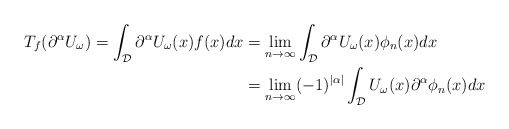
\begin{align*} T_f(\partial^{\alpha}U_{\omega}) = \int_{\mathcal{D}}\partial^{\alpha}U_{\omega}(x)f(x)dx &= \lim_{n\rightarrow \infty} \int_{\mathcal{D}}\partial^{\alpha}U_{\omega}(x)\phi_n(x)dx \\ &= \lim_{n\rightarrow \infty}(-1)^{|\alpha|} \int_{\mathcal{D}}U_{\omega}(x)\partial^{\alpha}\phi_n(x)dx\end{align*}